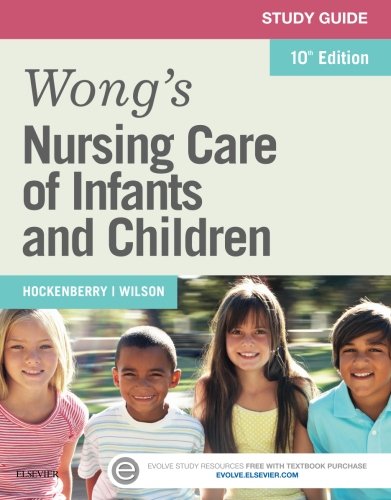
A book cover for Study Guide for Wong's Nursing Care of Infants and Children, 10e; Marilyn J. Hockenberry PhD  RN  PNP-BC  FAAN; Medical Books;